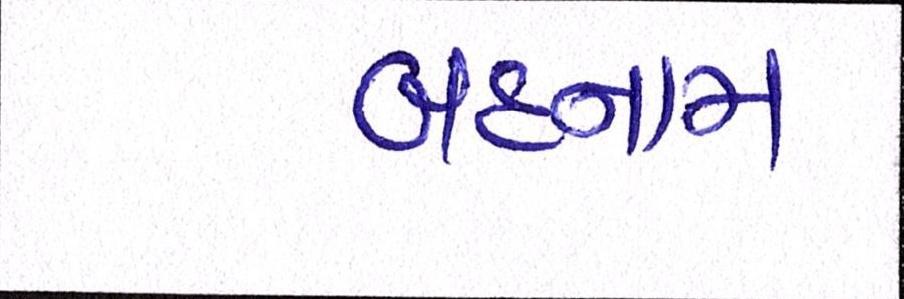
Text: બદનામ